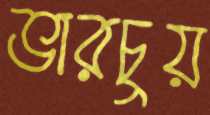
ভারচুয়